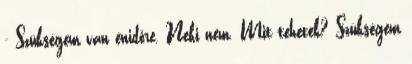
- Szükségem van énidőre. Neki nem. Mit tehetek? Szükségem